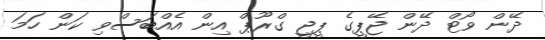
ދޭން ވޯޓް ދޭން ޖޭޕީގެ ޕީޖީ ގްރޫޕް އިން އެއްބަސްވި ކަން ހަމަ